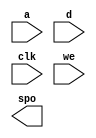
module Data_Mem(
	a,
	d,
	clk,
	we,
	spo);


input [5 : 0] a;
input [31 : 0] d;
input clk;
input we;
output [31 : 0] spo;

// synthesis translate_off

      DIST_MEM_GEN_V5_1 #(
		.C_ADDR_WIDTH(6),
		.C_DEFAULT_DATA("0"),
		.C_DEPTH(64),
		.C_FAMILY("spartan3"),
		.C_HAS_CLK(1),
		.C_HAS_D(1),
		.C_HAS_DPO(0),
		.C_HAS_DPRA(0),
		.C_HAS_I_CE(0),
		.C_HAS_QDPO(0),
		.C_HAS_QDPO_CE(0),
		.C_HAS_QDPO_CLK(0),
		.C_HAS_QDPO_RST(0),
		.C_HAS_QDPO_SRST(0),
		.C_HAS_QSPO(0),
		.C_HAS_QSPO_CE(0),
		.C_HAS_QSPO_RST(0),
		.C_HAS_QSPO_SRST(0),
		.C_HAS_SPO(1),
		.C_HAS_SPRA(0),
		.C_HAS_WE(1),
		.C_MEM_INIT_FILE("Data_Mem.mif"),
		.C_MEM_TYPE(1),
		.C_PARSER_TYPE(1),
		.C_PIPELINE_STAGES(0),
		.C_QCE_JOINED(0),
		.C_QUALIFY_WE(0),
		.C_READ_MIF(1),
		.C_REG_A_D_INPUTS(0),
		.C_REG_DPRA_INPUT(0),
		.C_SYNC_ENABLE(1),
		.C_WIDTH(32))
	inst (
		.A(a),
		.D(d),
		.CLK(clk),
		.WE(we),
		.SPO(spo),
		.DPRA(),
		.SPRA(),
		.I_CE(),
		.QSPO_CE(),
		.QDPO_CE(),
		.QDPO_CLK(),
		.QSPO_RST(),
		.QDPO_RST(),
		.QSPO_SRST(),
		.QDPO_SRST(),
		.DPO(),
		.QSPO(),
		.QDPO());


// synthesis translate_on

// XST black box declaration
// box_type "black_box"
// synthesis attribute box_type of Data_Mem is "black_box"

endmodule